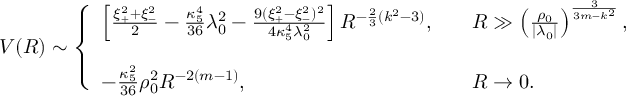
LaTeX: V ( R ) \sim \left\{ \begin{array} { l l l } { { \left[ { \frac { \xi _ { + } ^ { 2 } + \xi _ { - } ^ { 2 } } { 2 } } - { \frac { \kappa _ { 5 } ^ { 4 } } { 3 6 } } \lambda _ { 0 } ^ { 2 } - { \frac { 9 ( \xi _ { + } ^ { 2 } - \xi _ { - } ^ { 2 } ) ^ { 2 } } { 4 \kappa _ { 5 } ^ { 4 } \lambda _ { 0 } ^ { 2 } } } \right] R ^ { - { \frac { 2 } { 3 } } ( k ^ { 2 } - 3 ) } , } } & { { } } & { { R \gg \left( { \frac { \rho _ { 0 } } { | \lambda _ { 0 } | } } \right) ^ { \frac { 3 } { 3 m - k ^ { 2 } } } , } } \\ { { } } & { { } } & { { } } \\ { { - { \frac { \kappa _ { 5 } ^ { 2 } } { 3 6 } } \rho _ { 0 } ^ { 2 } R ^ { - 2 ( m - 1 ) } , } } & { { } } & { { R \rightarrow 0 . } } \end{array} \right.